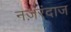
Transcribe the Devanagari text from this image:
नज़रंदाज